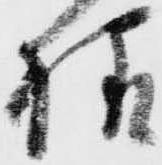
様